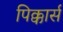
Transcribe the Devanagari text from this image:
पिक्कार्स